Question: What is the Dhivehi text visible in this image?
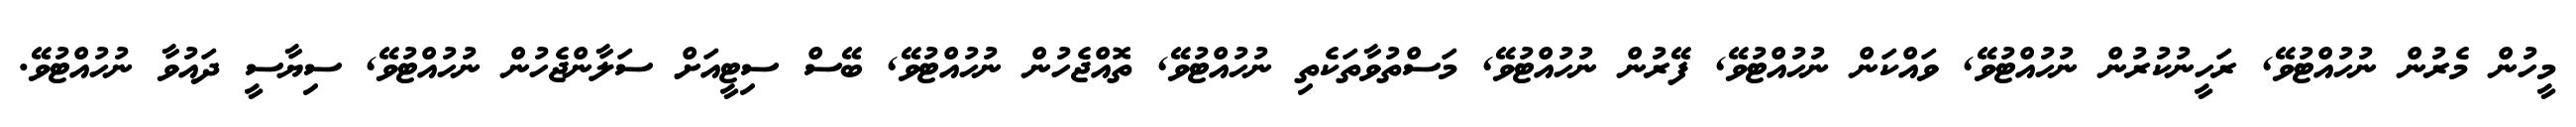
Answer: މީހުން މެރުން ނުހުއްޓުވޭ, ރަހީނުކުރުން ނުހުއްޓުވޭ, ވައްކަން ނުހުއްޓުވޭ, ފޭރުން ނުހުއްޓުވޭ, މަސްތުވާތަކެތި ނުހުއްޓުވޭ, ތޮއްޖެހުން ނުހުއްޓުވޭ, ބޭސް ސިޓީއަށް ސަލާންޖެހުން ނުހުއްޓުވޭ, ސިޔާސީ ދައުވާ ނުހުއްޓުވޭ.